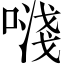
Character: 𠽈